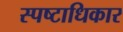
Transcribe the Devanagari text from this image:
स्पष्टाधिकार